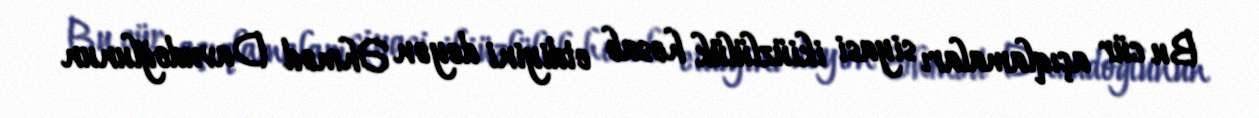
Bu cür açıqlamaları siyasi ikiüzlülük hesab etdiyini deyən Əhməd Davudoğlunun